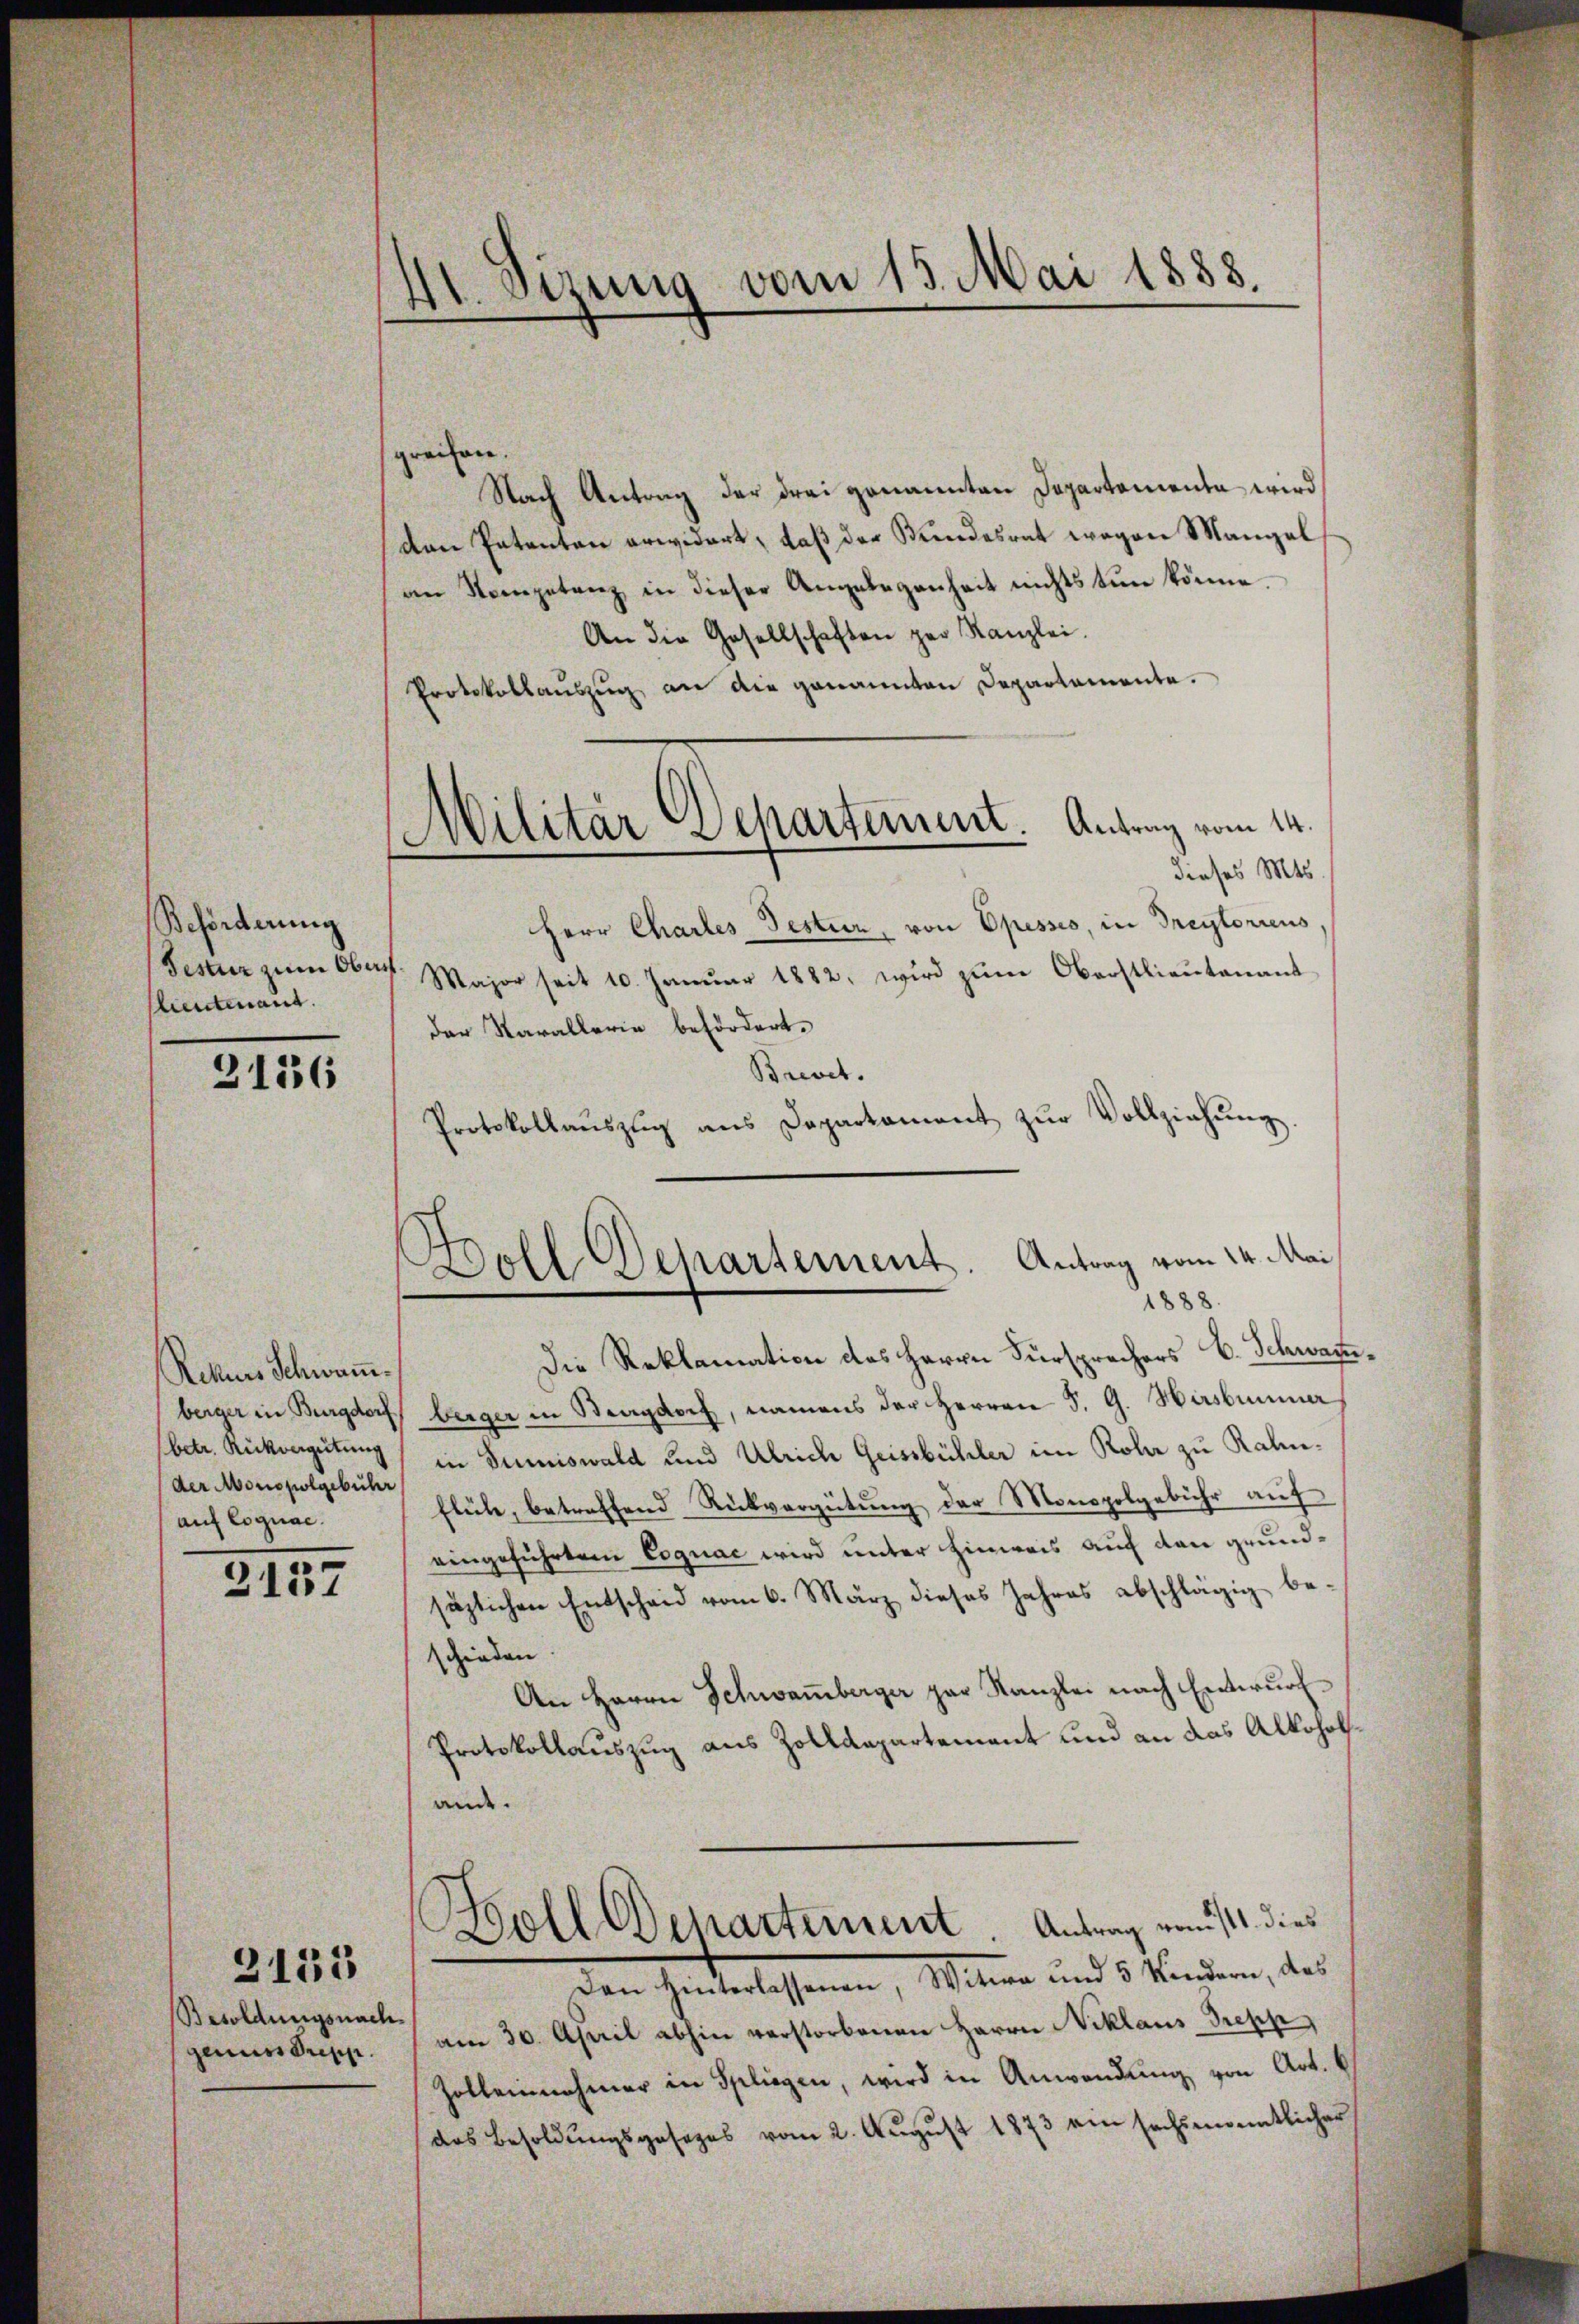
Beförderung
Festur zum Ober
Lieutenand.

3156

Rekurs Schwan¬
(betr. Rückvergütung
der Monopolgebühr
auf Cognac.

2137

Besoldungsnachgenuss Trepp.

3155

41. Sizung vom 15. Mai 1888.

grechen.
Nach Antrag der drei genannten Departementa wird
den Patenten erwidert, daß der Kundesrat wegen Mangel
an Kompetenz in dieser Angelegenheit nichts tun könne.
An die Gesellschaften zur Kanzlei.
Protokollaŭszŭg an die genannten Departemente.
dieses Mts.
Herr Charles Testien, von Opessio, in Dreytoriens
7. Major seit 10. Janŭar 1882, wird zŭm Oberstlieutenant
der Karallerie befördert.
Brevet.
Protokollaŭszŭg ans Departament zŭr Vollziehŭng.
Die Reklamation des Herrn Fürsprechers B. Schwarze
berger in Burgdorf berger in Burgdorf, namens der Herren S. G. Hirsbummer
in Juniswald und Ulrich Geissbühler im Rola zu Kalinflühe, betreffend Rückvergütung der Monopolgebühr auf
eingeführtem Cognac wird unter Hinweis auf den grundsäglichen Entscheid vom 6. März dieses Jahres abschlägig be-
schieden.
An Herrn Schwamberger par Kanzlei nach Entwurf
Protokollauszug aus Zolldepartement und an das Alkoholande.
Boll denartement. Antrag von 111. dies
Den Hinterlassenen, Witwe und 5 Kindern, das
am 30. April abhin verstorbenen Herrn Niklaus Trepp
Zolleinehmer in Spliegen, wird in Anwendung von Art. 6
das Besoldŭngsgesezes vom 2. Aŭgŭst 1873 ein sechsenentlicher

Militärdepartement. Antrag vom 14.

Doll Departement. Antrag vom 14. Mai
1888.